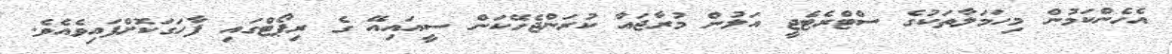
އެހެންކަމުން މިހަމަލާތަކުގެ ސްޓްރެޓެޖީ އަލުން މުރާޖައާ ކުރަންޖެހޭކަން ސީއައިއޭ ގެ ރިޕޯޓްގައި ފާހަގަކޮށްފައިވެއެވެ.